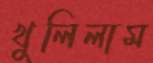
খুলিলাম